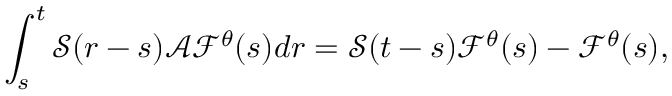
\int _ { s } ^ { t } \mathcal { S } ( r - s ) \mathcal { A } \mathcal { F } ^ { \theta } ( s ) d r = \mathcal { S } ( t - s ) \mathcal { F } ^ { \theta } ( s ) - \mathcal { F } ^ { \theta } ( s ) ,